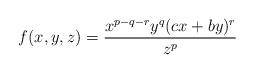
LaTeX: \begin{align*}f(x,y,z)=\dfrac{x^{p-q-r}y^{q}(cx+by)^{r}}{z^{p}}\end{align*}